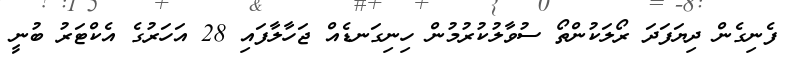
ފެނިގެން ދިޔަފަދަ ރޯލަކުންތޯ ސުވާލުކުރުމުން ހިނިގަނޑެއް ޖަހާލާފައި 28 އަހަރުގެ އެކްޓަރު ބުނީ